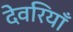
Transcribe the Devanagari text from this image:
देवरियाँ